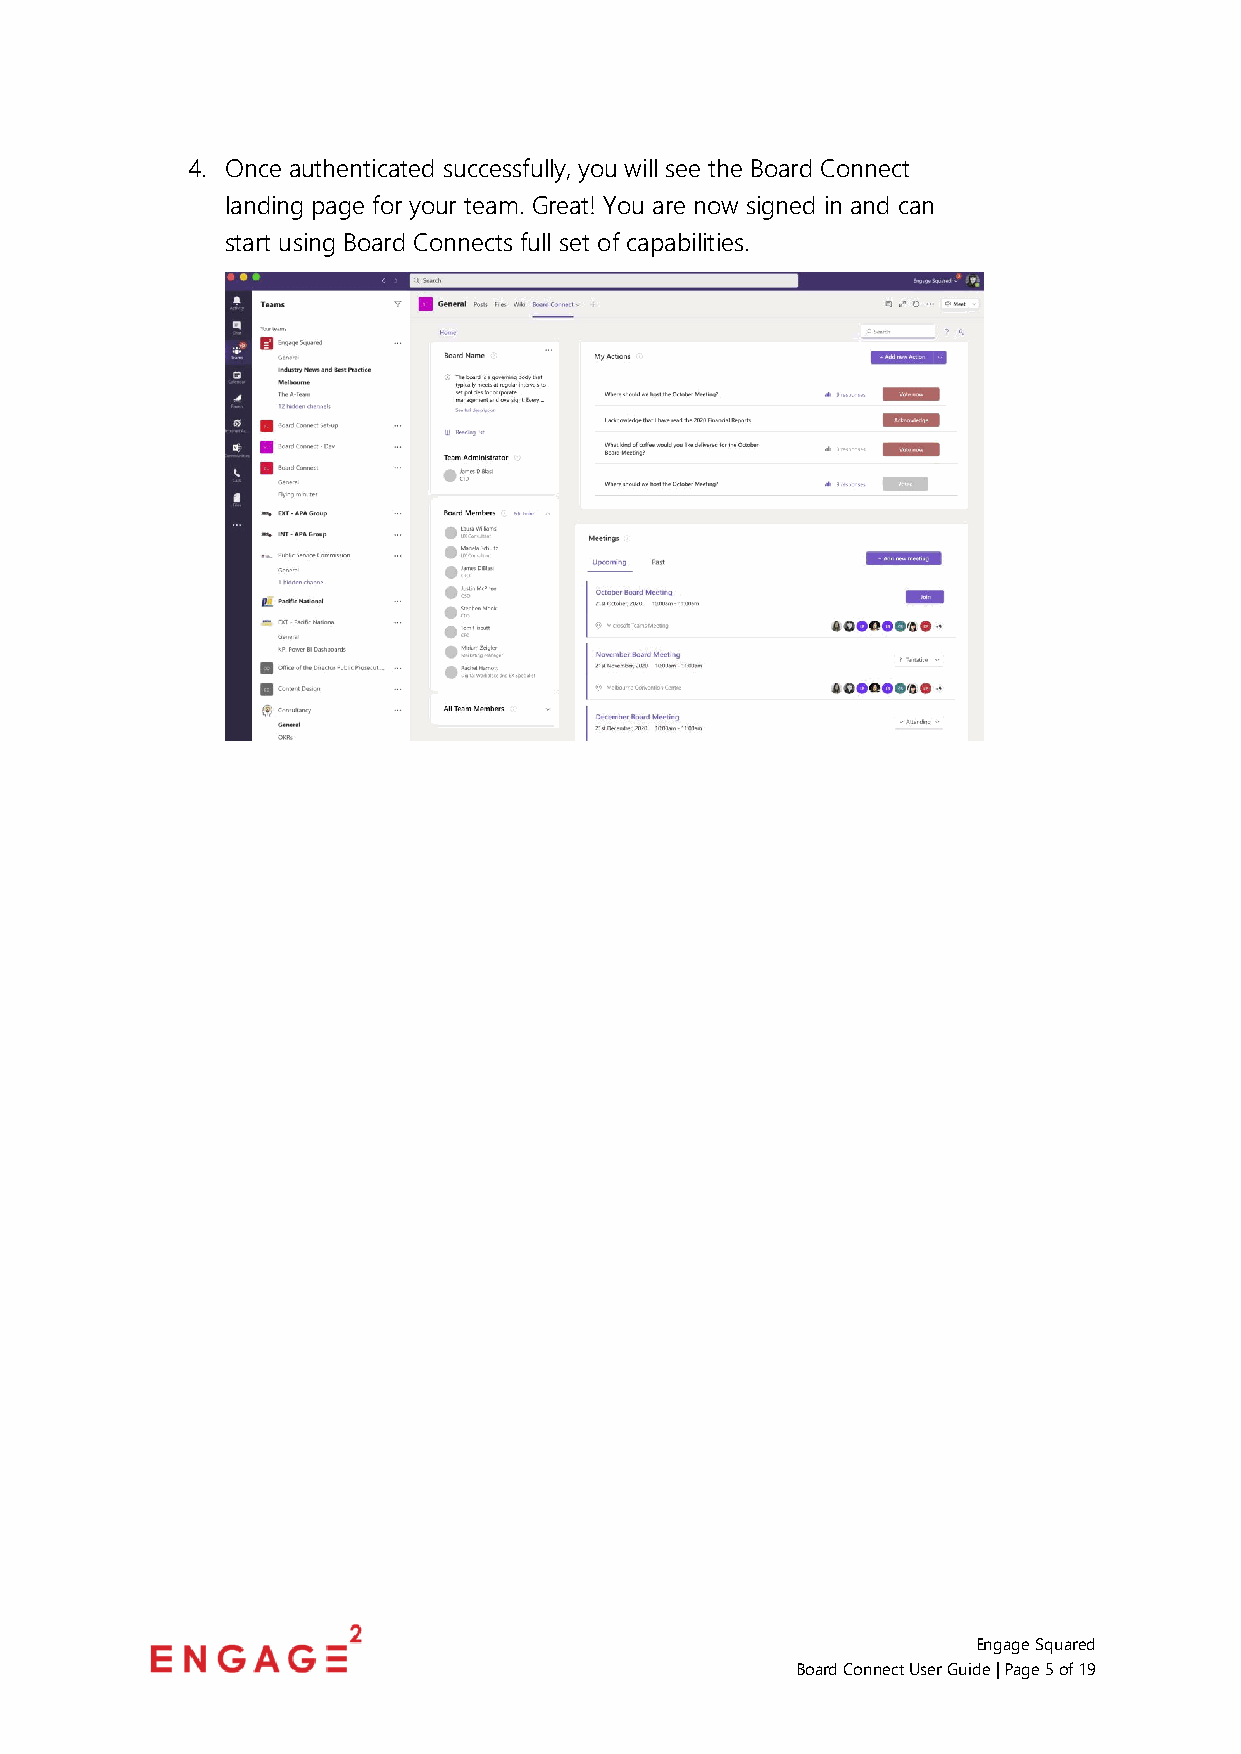
4. Once authenticated successfully, you will see the Board Connect
 landing page for your team. Great! You are now signed in and can
 start using Board Connects full set of capabilities.
 Engage Squared
 Board Connect User Guide | Page 5 of 19